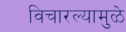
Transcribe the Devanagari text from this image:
विचारल्यामुळे